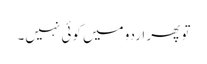
تو پھر اردو میں کوئی نہیں۔